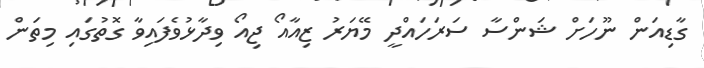
ގާޑިއަން ނޫހަށް ޝަންސާ ސަރަހައްދީ މޭޔަރު ޒިއާއޯ ޖިއޯ ވިދާޅުވެފައިވާ ގޮތުގައި މިތަން